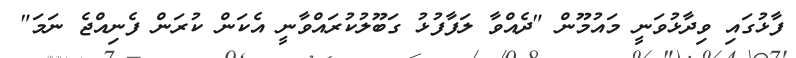
ފާޅުގައި ވިދާޅުވަނީ މައުމޫން "ދެއްވާ ލަފާފުޅު ގަބޫލުކުރައްވާނީ އެކަން ކުރަން ފެނިއްޖެ ނަމަ"